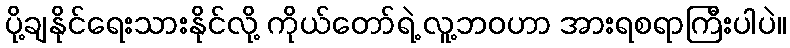
ပို့ချနိုင်ရေးသားနိုင်လို့ ကိုယ်တော်ရဲ့ လူ့ဘဝဟာ အားရစရာကြီးပါပဲ။